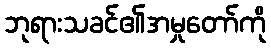
ဘုရားသခင်၏အမှုတော်ကို